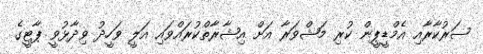
ސަރުކާރާއި އެމްޑީޕީން ކުރި މަޝްވަރާ އަށް އިޝާރާތްކުރައްވައި އަލީ ވަހީދު ވިދާޅުވީ ޕާޓީގެ